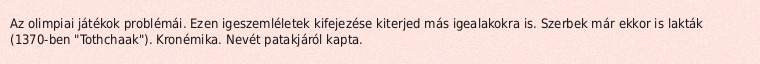
Az olimpiai játékok problémái. Ezen igeszemléletek kifejezése kiterjed más igealakokra is. Szerbek már ekkor is lakták (1370-ben "Tothchaak"). Kronémika. Nevét patakjáról kapta.